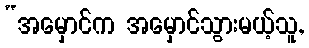
“အမှောင်က အမှောင်သွားမယ့်သူ,